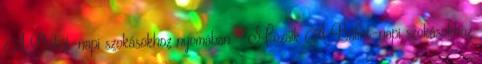
A Bálint-napi szokásokhoz nyomában - Mozaik A Bálint-napi szokásokhoz